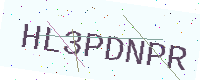
Text: HL3PDNPR